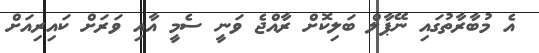
އެ މުބާރާތުގައި ނޭޕާލް ބަލިކޮށް ރާއްޖެ ވަނީ ސެމީ އާއި ވަރަށް ކައިރިއަށް